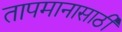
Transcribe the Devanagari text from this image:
तापमानासाठी